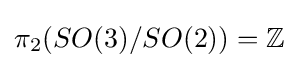
\pi _{2}(SO(3)/SO(2))=\mathbb {Z}